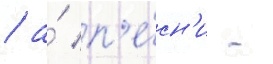
/ а́ п'е́сн'и -